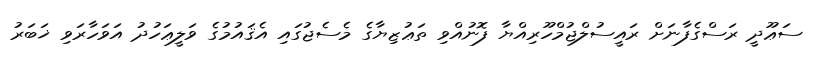
ސަޢޫދީ ރަސްގެފާނަށް ރައީސުލްޖުމްހޫރިއްޔާ ފޮނުއްވި ތަޢުޒިޔާގެ މެސެޖުގައި އެޤައުމުގެ ވަލީޢަހުދު އަވަހާރަވި ޚަބަރު